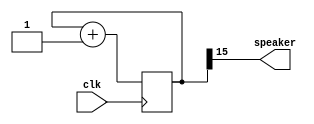
module music(clk, speaker); //16 bit counter 25MHz clk oscillator. Highest bit toggle 25M/65536=381Hz
  input clk;
  output speaker;

// first create a 16bit binary counter
reg [15:0] counter;
always @(posedge clk) counter <= counter+1;

// and use the most significant bit (MSB) of the counter to drive the speaker
assign speaker = counter[15];
endmodule